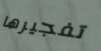
تفجيرها